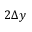
2 \Delta y